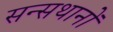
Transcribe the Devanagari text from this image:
सन्सथानों